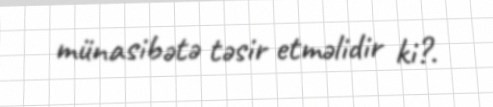
münasibətə təsir etməlidir ki?.